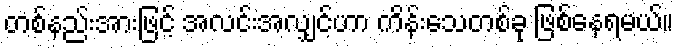
တစ်နည်းအားဖြင့် အလင်းအလျှင်ဟာ ကိန်းသေတစ်ခု ဖြစ်နေရမယ်။